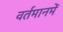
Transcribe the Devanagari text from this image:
वर्तमानमें